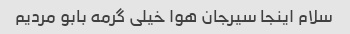
سلام اینجا سیرجان هوا خیلی گرمه بابو مردیم